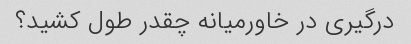
درگیری در خاورمیانه چقدر طول کشید؟